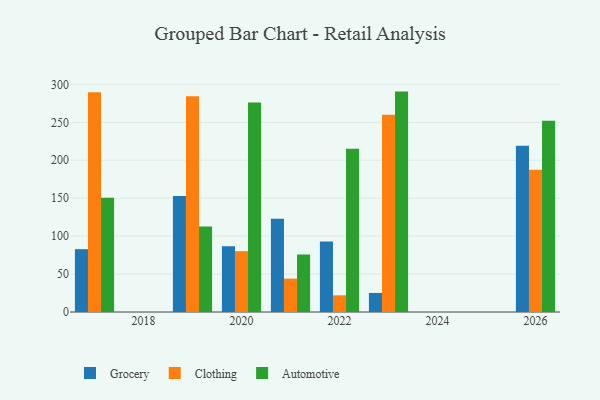
{"axis": {"x": "Year", "y": "Latency (ms)"}, "legend": ["Automotive", "Clothing", "Grocery"], "data": [{"x": "2026", "y": 219.1, "type": "Grocery"}, {"x": "2026", "y": 187.4, "type": "Clothing"}, {"x": "2026", "y": 252.2, "type": "Automotive"}, {"x": "2017", "y": 82.8, "type": "Grocery"}, {"x": "2017", "y": 289.6, "type": "Clothing"}, {"x": "2017", "y": 150.6, "type": "Automotive"}, {"x": "2020", "y": 86.7, "type": "Grocery"}, {"x": "2020", "y": 80.2, "type": "Clothing"}, {"x": "2020", "y": 276.0, "type": "Automotive"}, {"x": "2019", "y": 152.9, "type": "Grocery"}, {"x": "2019", "y": 284.5, "type": "Clothing"}, {"x": "2019", "y": 112.6, "type": "Automotive"}, {"x": "2023", "y": 25.1, "type": "Grocery"}, {"x": "2023", "y": 259.9, "type": "Clothing"}, {"x": "2023", "y": 290.5, "type": "Automotive"}, {"x": "2021", "y": 123.0, "type": "Grocery"}, {"x": "2021", "y": 44.0, "type": "Clothing"}, {"x": "2021", "y": 75.8, "type": "Automotive"}, {"x": "2022", "y": 92.8, "type": "Grocery"}, {"x": "2022", "y": 22.0, "type": "Clothing"}, {"x": "2022", "y": 215.1, "type": "Automotive"}]}